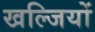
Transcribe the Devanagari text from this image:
खल्जियों